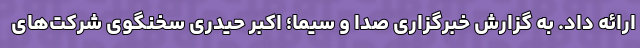
ارائه داد. به گزارش خبرگزاری صدا و سیما؛ اکبر حیدری سخنگوی شرکت‌های